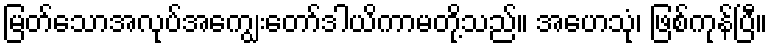
မြတ်သောအလုပ်အကျွေးတော်ဒါယိကာမတို့သည်။ အဟေသုံ၊ ဖြစ်ကုန်ပြီ။